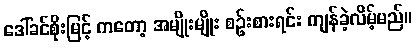
ဒေါ်ခင်စိုးမြင့် ကတော့ အမျိုးမျိုး စဉ်းစားရင်း ကျန်ခဲ့လိမ့်မည်။